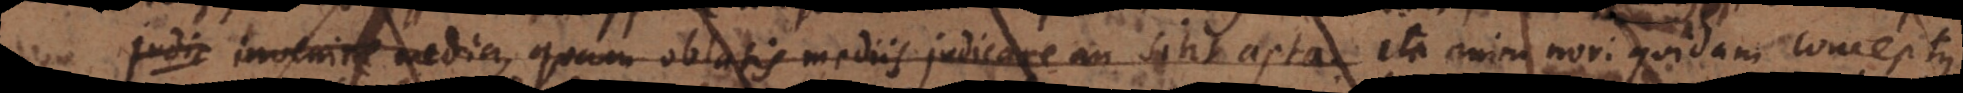
invenire media, quam oblatis mediis judicare an sint apta. (bb) ita enim novi quidam conceptus